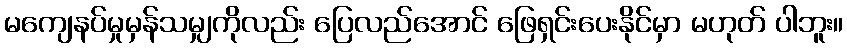
မကျေနပ်မှုမှန်သမျှကိုလည်း ပြေလည်အောင် ဖြေရှင်းပေးနိုင်မှာ မဟုတ် ပါဘူး။